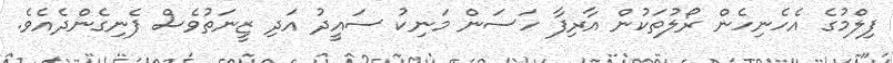
ފިލްމުގެ އެހެނިހެން ރޯލުތަކުން އާރިފާ ހަސަން މަނިކު ސައީދު އަދި ޒީނަތުވެސް ފެނިގެންދެއެވެ.